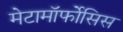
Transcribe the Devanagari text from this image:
मेटामॉर्फोसिस